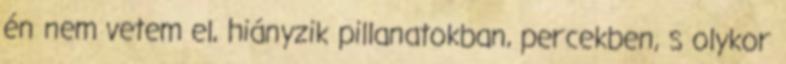
én nem vetem el, hiányzik pillanatokban, percekben, s olykor